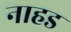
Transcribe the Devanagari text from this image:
नाहड